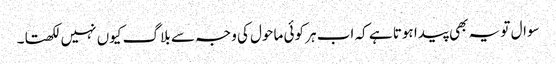
سوال تو یہ بھی پیدا ہوتا ہے کہ اب ہر کوئی ماحول کی وجہ سے بلاگ کیوں نہیں لکھتا۔